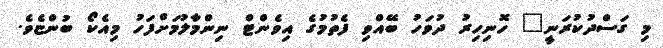
މި ގަސްދުކުރަނީ" ހޮނިހިރު ދުވަހު ބޭއްވި ފެތުމުގެ އިވެންޓް ނިންމާލުމަށްފަހު މިއެކޯ ބުންޏެވެ.